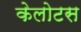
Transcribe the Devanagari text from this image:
केलोटस